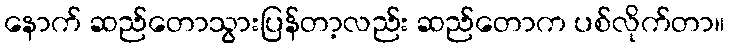
နောက် ဆည်တောသွားပြန်တာ့လည်း ဆည်တောက ပစ်လိုက်တာ။